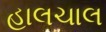
હાલચાલ